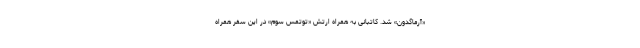
«آرماگدون» شد. کاتبانی به همراه ارتش «توتمس سوم» در این سفر همراه